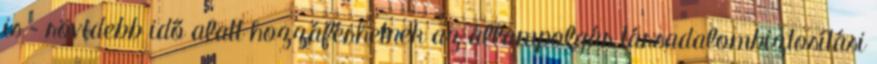
is – rövidebb idő alatt hozzáférhetnek az állampolgár társadalombiztosítási